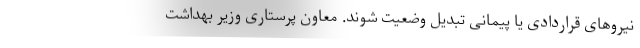
نیروهای قراردادی یا پیمانی تبدیل وضعیت شوند. معاون پرستاری وزیر بهداشت